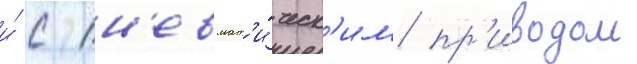
и́ с пн'евмат'и́ческ'им пр'иводом